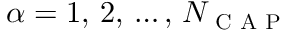
\alpha = 1 , \, 2 , \, \ldots , \, N _ { \textsc { C A P } }